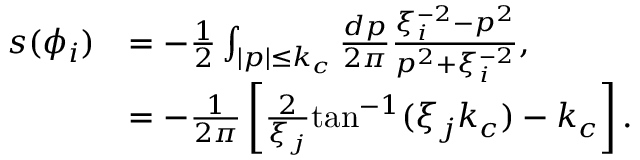
\begin{array} { r l } { s ( \phi _ { i } ) } & { = - \frac { 1 } { 2 } \int _ { | p | \leq k _ { c } } \frac { d p } { 2 \pi } \frac { \xi _ { i } ^ { - 2 } - p ^ { 2 } } { p ^ { 2 } + \xi _ { i } ^ { - 2 } } , } \\ & { = - \frac { 1 } { 2 \pi } \left[ \frac { 2 } { \xi _ { j } } \mathrm { t a n } ^ { - 1 } ( \xi _ { j } k _ { c } ) - k _ { c } \right] . } \end{array}